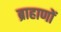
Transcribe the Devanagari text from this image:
ब्राहाणों